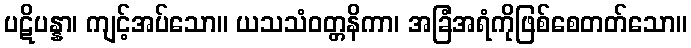
ပဋိပန္နာ၊ ကျင့်အပ်သော။ ယသသံဝတ္တနိကာ၊ အခြံအရံကိုဖြစ်စေတတ်သော။